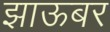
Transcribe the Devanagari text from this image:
झाऊबर